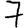
Digit: 7